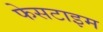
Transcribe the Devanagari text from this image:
फेसटाइम